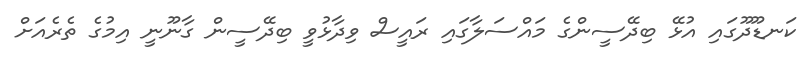
ކަނޑޫދޫގައި އުޅޭ ބިދޭސީންގެ މައްސަލާގައި ރައީސް ވިދާޅުވީ ބިދޭސީން ގާނޫނީ އިމުގެ ތެރެއަށް